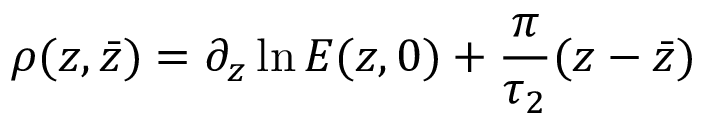
\rho ( z , \bar { z } ) = \partial _ { z } \ln { E ( z , 0 ) } + \frac { \pi } { \tau _ { 2 } } ( z - \bar { z } )